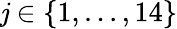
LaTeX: \mathit{j}\in\{ 1,...,14\}